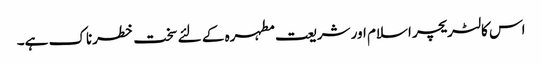
اس کا لٹریچر اسلام اور شریعت مطہرہ کے لئے سخت خطرناک ہے۔